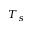
T _ { s }